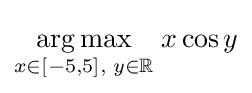
{\underset {x\in [-5,5],\;y\in \mathbb {R} }{\operatorname {arg\,max} }}\;x\cos y